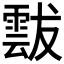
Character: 𩃶